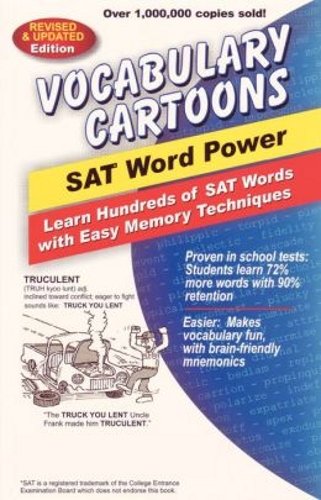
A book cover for Vocabulary Cartoons: SAT Word Power; Sam Burchers; Test Preparation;